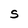
Character: S